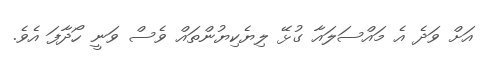
އަށް ވަދެ އެ މައްސަލައާ ގުޅޭ ލިޔެކިޔުންތައް ވެސް ވަނީ ހޯދާފަ އެވެ.